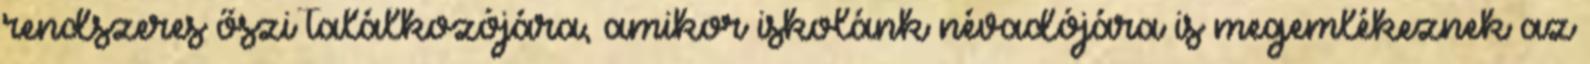
rendszeres őszi találkozójára, amikor iskolánk névadójára is megemlékeznek az